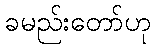
ခမည်းတော်ဟု